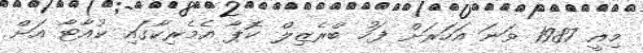
މިއީ 1987 ވަނަ އަހަރަށް ފަހު ބްރެޒިލް ކޮޕާ އެމެރިކާގައި ކުއާޓާ އަށް